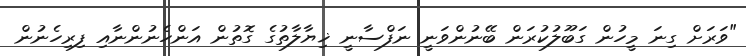
"ވަރަށް ގިނަ މީހުން ގަބޫލުކުރަން ބޭނުންވަނީ ނަފްސާނީ ޚިޔާލާތުގެ ގޮތުން އަންހެނުންނާއި ފިރިހެނުން